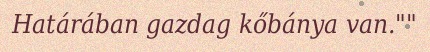
Határában gazdag kőbánya van.""